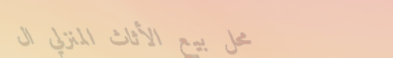
محل بيع الأثاث المنزلي ال